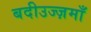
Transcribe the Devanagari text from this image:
बदीउज्ज़माँ